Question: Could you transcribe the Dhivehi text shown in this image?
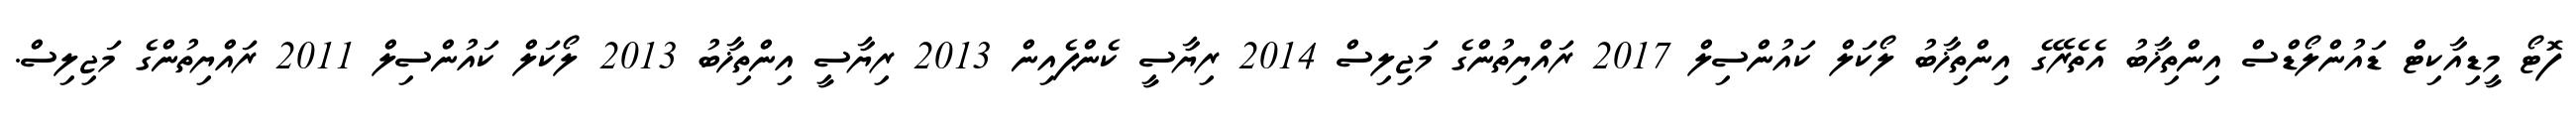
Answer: ފޮޓޯ މީޑިއާކިޓް ޑައުންލޯޑްސް އިންތިޚާބު އެތެރޭގެ އިންތިޚާބު ލޯކަލް ކައުންސިލް 2017 ރައްޔިތުންގެ މަޖިލިސް 2014 ރިޔާސީ ކެންޕެއިން 2013 ރިޔާސީ އިންތިޚާބު 2013 ލޯކަލް ކައުންސިލް 2011 ރައްޔިތުންގެ މަޖިލިސް.